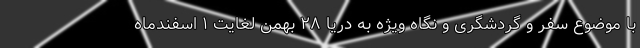
با موضوع سفر و گردشگری و نگاه ویژه به دریا ۲۸ بهمن لغایت ۱ اسفندماه